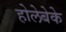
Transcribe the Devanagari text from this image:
होलेबेके